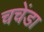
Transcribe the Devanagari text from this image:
चचेंडा